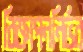
বিজ্ঞাপননির্ভর